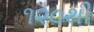
૧૨૦થી